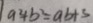
a ^ { 2 } + b ^ { 2 } = a b + 3